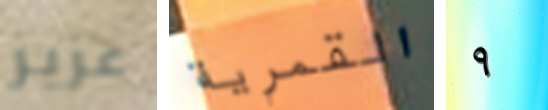
عزيز القمرية ٩